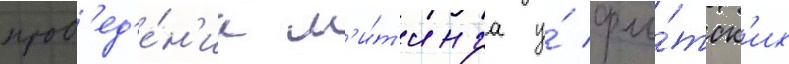
пров'ед'е́н'иа м'и́т'инга у́ фло́тск'их